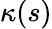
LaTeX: \kappa(s)